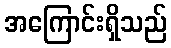
အကြောင်းရှိသည်